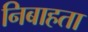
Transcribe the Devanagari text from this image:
निबाहता